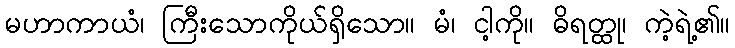
မဟာကာယံ၊ ကြီးသောကိုယ်ရှိသော။ မံ၊ ငါ့ကို။ ဓိရတ္ထု၊ ကဲ့ရဲ့၏။